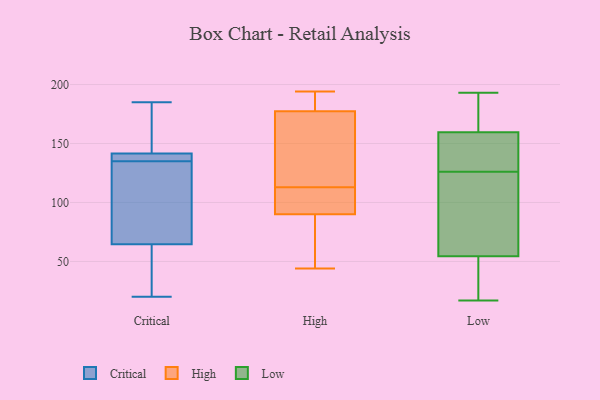
{"axis": {"x": "Customer Acquisition Cost (USD)", "y": "Value"}, "legend": ["Critical", "High", "Low"], "data": [{"x": "", "y": 135, "type": "Critical"}, {"x": "", "y": 67, "type": "Critical"}, {"x": "", "y": 158, "type": "Critical"}, {"x": "", "y": 138, "type": "Critical"}, {"x": "", "y": 149, "type": "Critical"}, {"x": "", "y": 143, "type": "Critical"}, {"x": "", "y": 135, "type": "Critical"}, {"x": "", "y": 26, "type": "Critical"}, {"x": "", "y": 111, "type": "Critical"}, {"x": "", "y": 76, "type": "Critical"}, {"x": "", "y": 141, "type": "Critical"}, {"x": "", "y": 141, "type": "Critical"}, {"x": "", "y": 185, "type": "Critical"}, {"x": "", "y": 56, "type": "Critical"}, {"x": "", "y": 60, "type": "Critical"}, {"x": "", "y": 20, "type": "Critical"}, {"x": "", "y": 66, "type": "Critical"}, {"x": "", "y": 134, "type": "High"}, {"x": "", "y": 121, "type": "High"}, {"x": "", "y": 186, "type": "High"}, {"x": "", "y": 80, "type": "High"}, {"x": "", "y": 113, "type": "High"}, {"x": "", "y": 47, "type": "High"}, {"x": "", "y": 183, "type": "High"}, {"x": "", "y": 194, "type": "High"}, {"x": "", "y": 44, "type": "High"}, {"x": "", "y": 90, "type": "High"}, {"x": "", "y": 102, "type": "High"}, {"x": "", "y": 180, "type": "High"}, {"x": "", "y": 109, "type": "High"}, {"x": "", "y": 90, "type": "High"}, {"x": "", "y": 169, "type": "High"}, {"x": "", "y": 56, "type": "Low"}, {"x": "", "y": 154, "type": "Low"}, {"x": "", "y": 17, "type": "Low"}, {"x": "", "y": 190, "type": "Low"}, {"x": "", "y": 23, "type": "Low"}, {"x": "", "y": 154, "type": "Low"}, {"x": "", "y": 193, "type": "Low"}, {"x": "", "y": 188, "type": "Low"}, {"x": "", "y": 50, "type": "Low"}, {"x": "", "y": 144, "type": "Low"}, {"x": "", "y": 126, "type": "Low"}, {"x": "", "y": 106, "type": "Low"}, {"x": "", "y": 41, "type": "Low"}, {"x": "", "y": 176, "type": "Low"}, {"x": "", "y": 127, "type": "Low"}, {"x": "", "y": 90, "type": "Low"}, {"x": "", "y": 111, "type": "Low"}]}